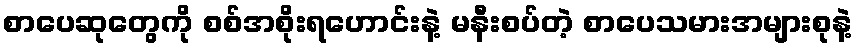
စာပေဆုတွေကို စစ်အစိုးရဟောင်းနဲ့ မနီးစပ်တဲ့ စာပေသမားအများစုနဲ့